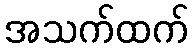
အသက်ထက်